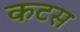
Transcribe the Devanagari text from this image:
कटस